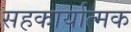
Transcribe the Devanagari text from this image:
सहकार्यात्मक